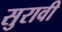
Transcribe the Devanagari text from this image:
सुरावी